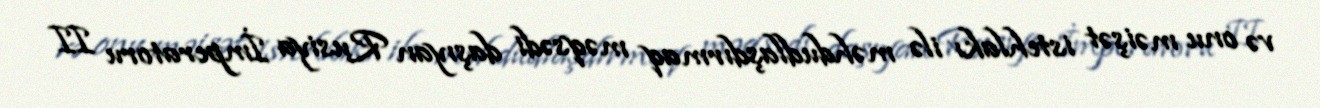
və onu məişət istehlakı ilə məhdudlaşdırmaq məqsədi daşıyan Rusiya İmperatoru II